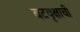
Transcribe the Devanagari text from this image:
वटवृक्षाची